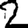
Digit: 2